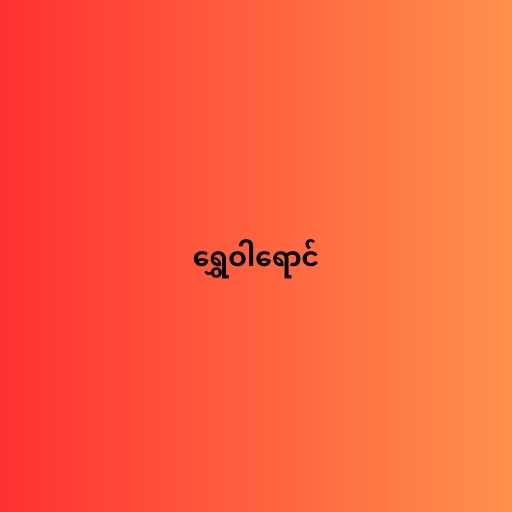
ရွှေဝါရောင်